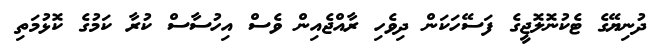
ދުނިޔޭގެ ޓެކުނޮލޮޖީގެ ފަސޭހަކަން ދިވެހި ރާއްޖެއިން ވެސް އިހުސާސް ކުރާ ކަމުގެ ކޮޅުމަތި